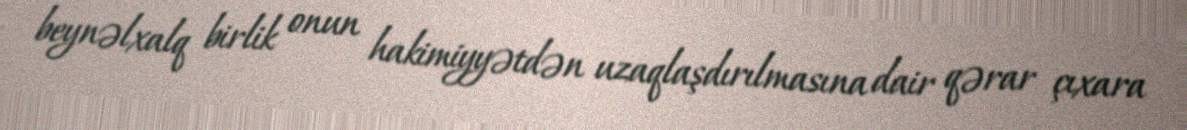
beynəlxalq birlik onun hakimiyyətdən uzaqlaşdırılmasına dair qərar çıxara